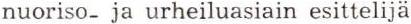
nuoriso- ja urheiluasiain esittelijä